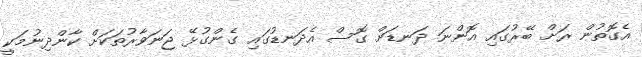
އެގޮތުން ރަށް ބޭރުގައި އޮންނަ ދަނޑަށް ގޮސް އެދަނޑުގައި ގެންގުޅޭ ޖަނަވާރުތަކަށް ކާންދިނުމަކީ